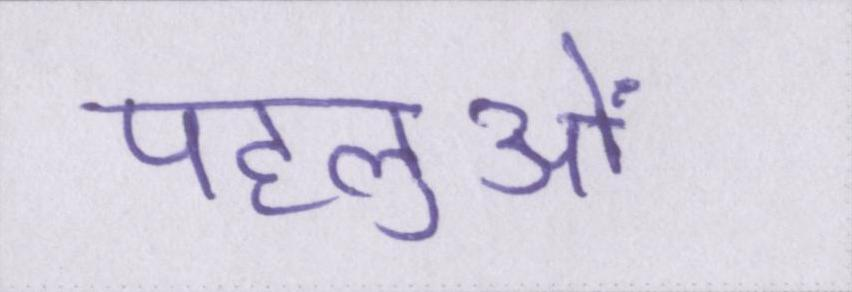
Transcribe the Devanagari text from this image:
पहलुओं